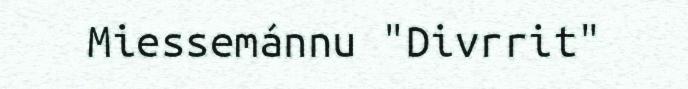
Miessemánnu "Divrrit"